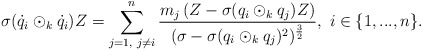
\begin{align*} \sigma(\dot{q}_{i}\odot_{k}\dot{q}_{i})Z=\sum\limits_{j=1,\textrm{ }j\neq i}^{n}\frac{m_{j}\left(Z-\sigma(q_{i}\odot_{k}q_{j})Z\right)}{(\sigma-\sigma(q_{i}\odot_{k}q_{j})^{2})^{\frac{3}{2}}},\textrm{ }i\in\{1,...,n\}. \end{align*}